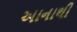
અાનાથી